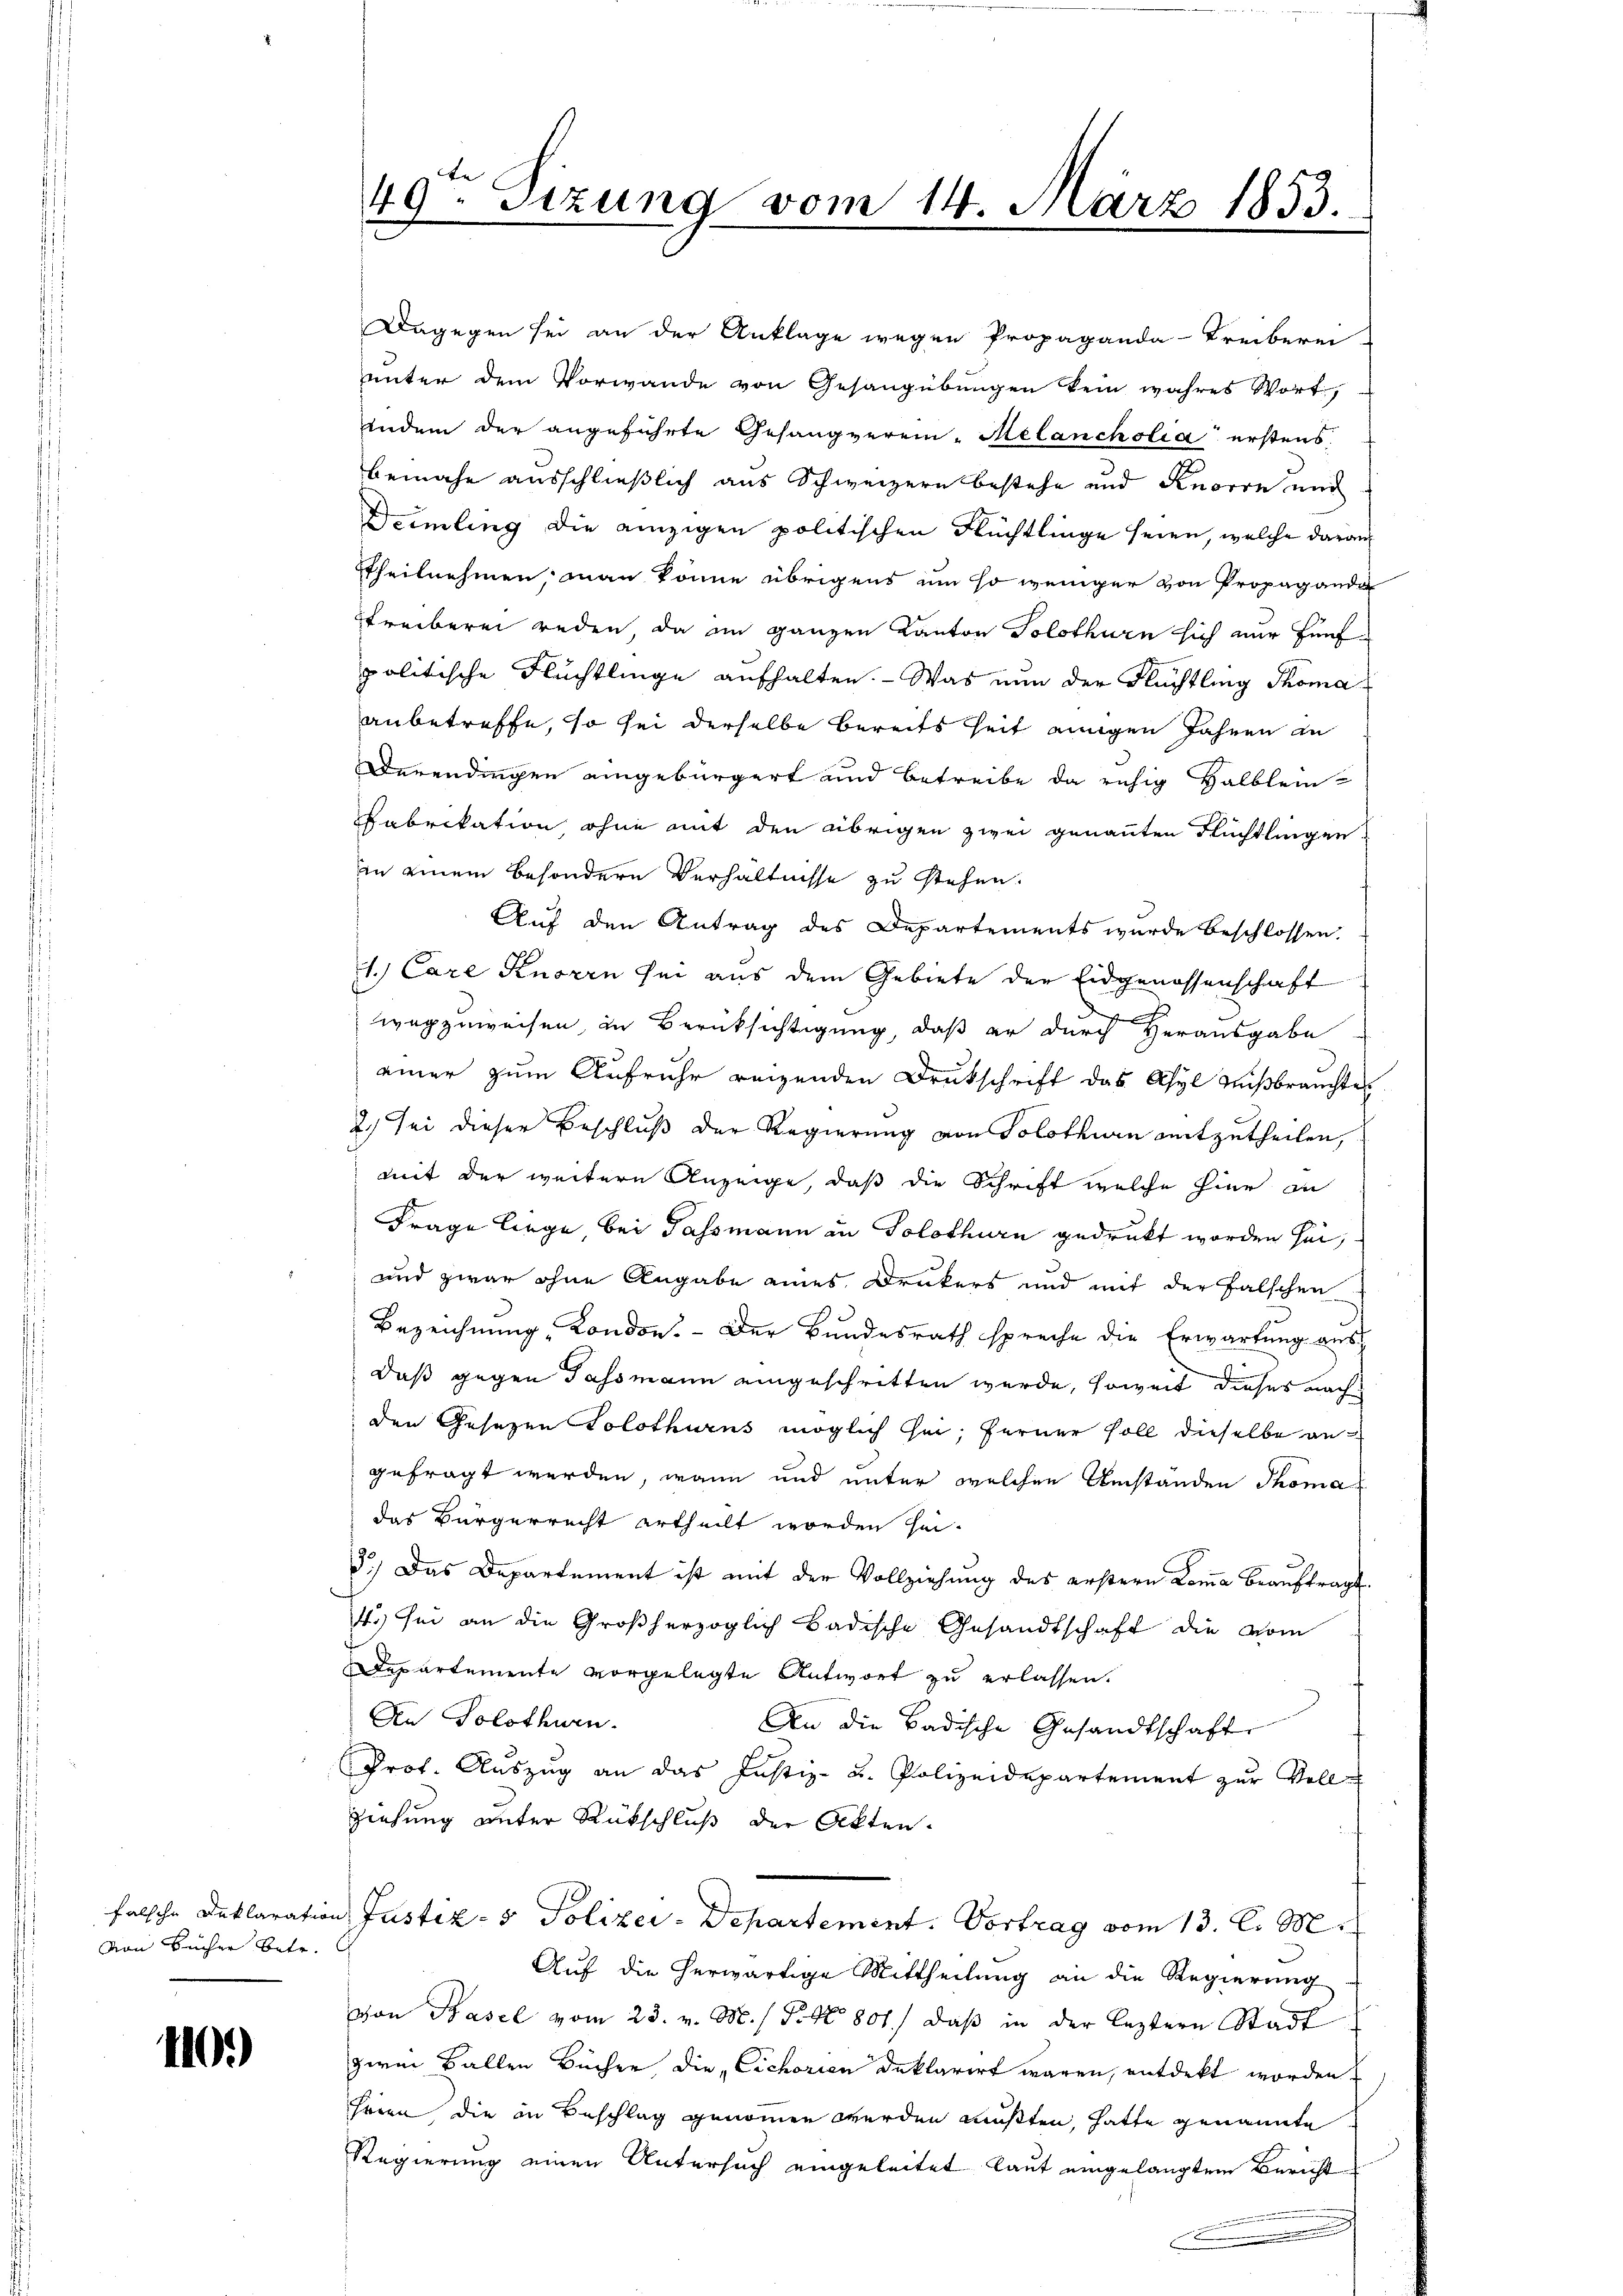
Er
49. Sizung vom 14. März 1853.
s
.

Dagegen sei an der Anklage wegen Propaganda-Freiberei-
ŭnter dem Vorwande von Gesangübŭngen kein wahres Wort,
Indem der angeführte Gesangverein. Melancholia erstens.
bemahe ausschließlich aus Schweizern bestehe und Knorrn und
Deimling die einzigen politischen Flüchtlinge seien, welche daran
Etheilnehmen, man könne übrigens um so weniger von Propaganda
Streiberei reden, da im ganzen Kanton Solothurn sich nur fünfpolitische Flüchtlinge aufhalten. - Was nun der Flüchtling Thoma
anbetreffe, so sei derselbe bereits heit einigen Jahren zu
Derendingen eingebürgert und betreibe da ruhig Halblein-
Fabrikation, ohne mit den übrigen zwei genannten Flüchtlingen
in einem besondern Verhältnisse zu stehen.
Auf den Antrag des Departements wurde beschlossen.
1.) Care Knoren sei aus dem Gebiete der Eidgenossenschaft
wegzuweisen, in Berücksichtigung, daß er durch Herausgabe
einer zum Aufruhe reizenden Drukschrift das Asyl mißbrauchten
2.) Sei dieser Beschluß der Regierung von Solothurn mitzutheilen,
mit der weitere Anzeige, daß die Schrift welche hier an
Frage liege, bei Gassmann in Solothurn gedruckt worden sei,
und zwar ohne Angabe eines Drukers und mit der Falschen
Bezeichnung, Kondon. Der Bundesrath spreche die Erwartung aus
daß gegen Tassmann eingeschritten werde, soweit dieses nachden Gesetzen Solothurns möglich sei; ferner soll dieselbe angefragt werden, wann und unter welchen Umständen Thoma
das Bürgerrecht ertheilt worden sei¬
3.) Das Departement ist mit der Vollziehung des erstern Lemma beauftragt
4. sei an die Großherzoglich badische Gesandtschaft die vom
Departemente vorgelegte Antwort zu erlassen.
An Solothurn.
An die Badische Gesandtschaft
Prot. Aŭszŭg an das Justiz- u. Polizeidepartement zŭr Voll-
ziehung unter Rückschluß der Akten.
falsche Deklaration Justiz- & Polizei-Departement. Vortrag vom 13. l. M.
Auf die herwärtige Mittheilung an die Regierung
von Basel vom 23. v. M. / P. Nr. 801.) daß in der leztern Stadt
zwei Ballen Büchen, die Eichorien deklarirt waren, entdekt worden.
Heien die in Beschlag genommen werden mußten, hatte genannte
Regierung einen Untersuch eingeleitet laut eingelangtem Bericht
c

von Bücher betr.

110.)